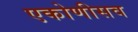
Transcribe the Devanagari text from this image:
एकोणीसव